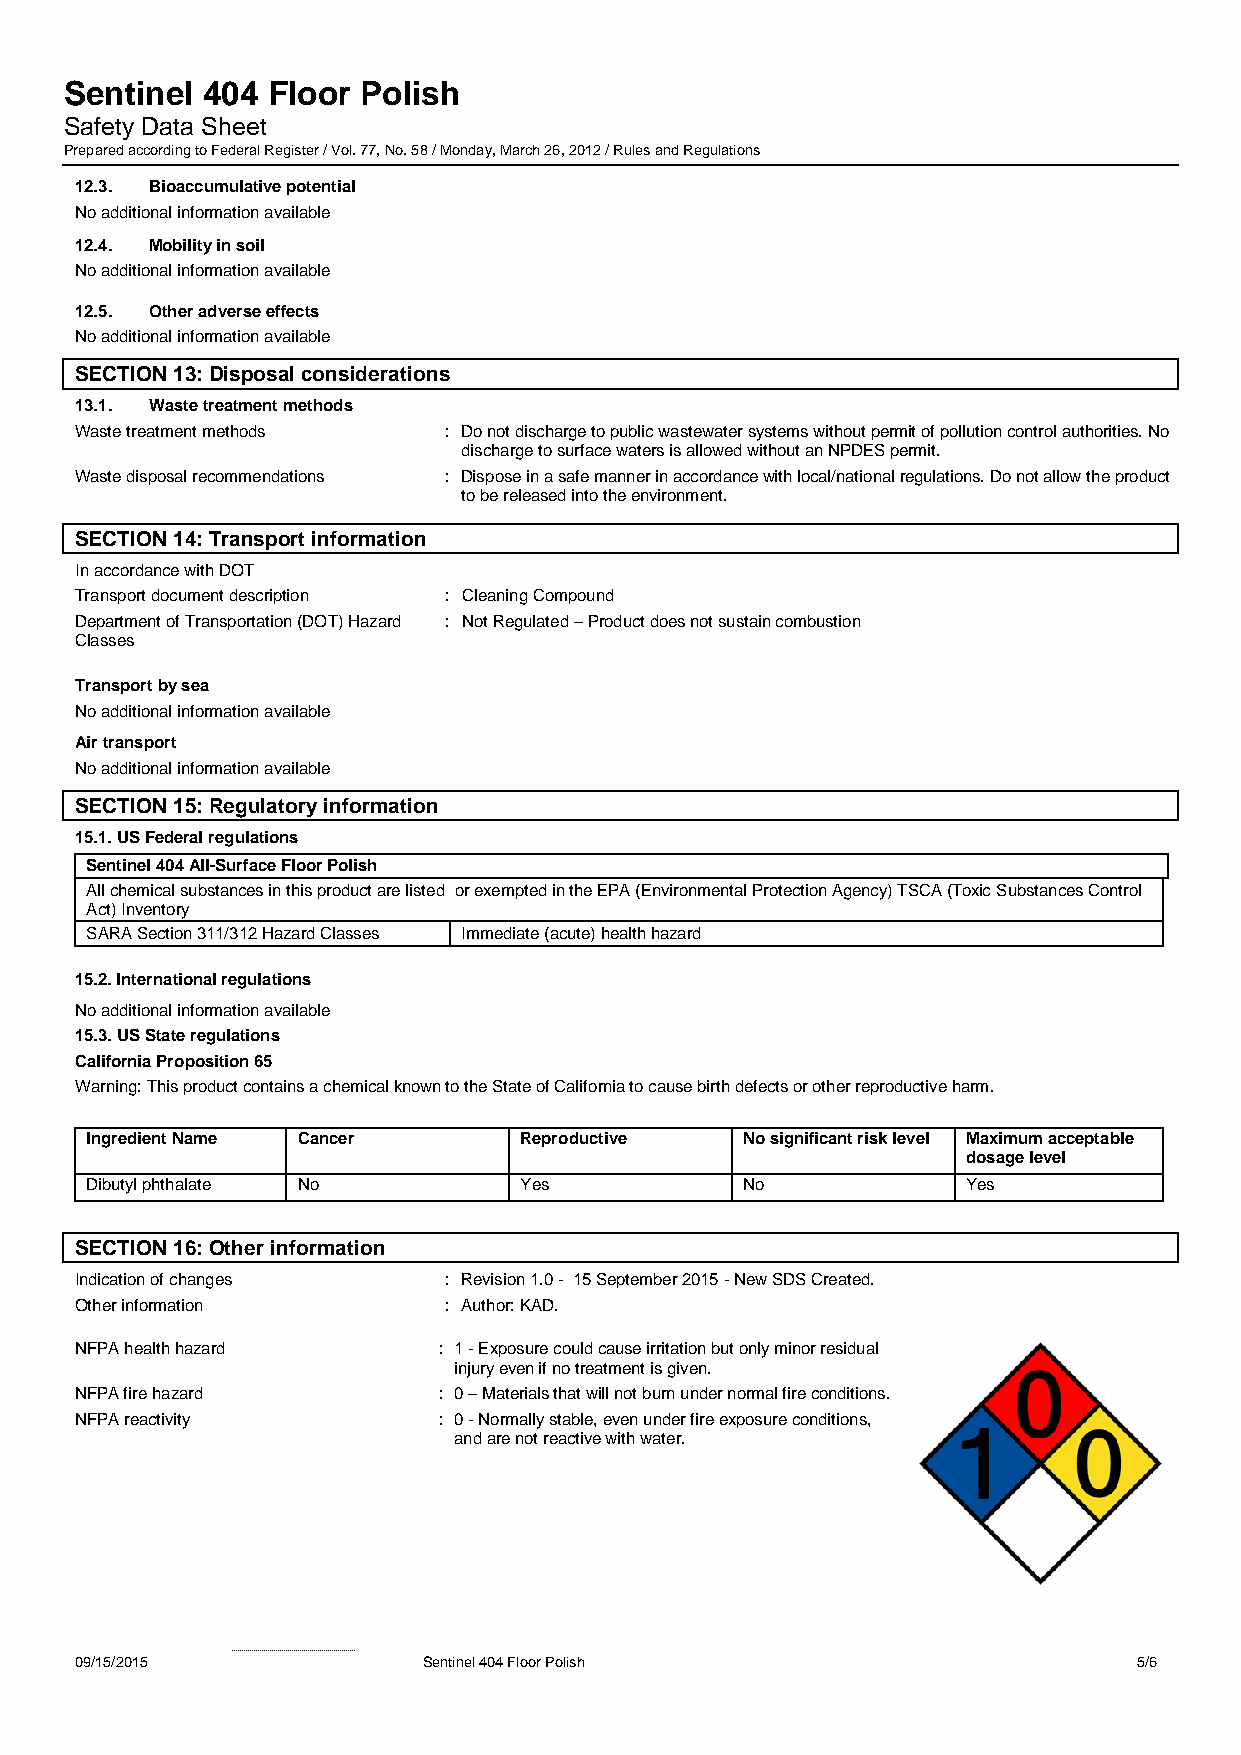
Sentinel 404  Floor Polish
 Safety Data Sheet
 Prepared according to Federal Register / Vol. 77, No. 58 / Monday, March 26, 2012 / Rules and Regulations
 12.3. Bioaccumulative potential
 No additional information available
 12.4. Mobility in soil
 No additional information available
 12.5. Other adverse effects
 No additional information available
 SECTION 13: Disposal considerations
 13.1. Waste treatment methods
 Waste treatment methods : Do not discharge to public wastewater systems without permit of pollution control authorities. No
 discharge to surface waters is allowed without an NPDES permit.
 Waste disposal recommendations : Dispose in a safe manner in accordance with local/national regulations. Do not allow the product
 to be released into the environment.
 SECTION 14: Transport information
 In accordance with DOT
 Transport document description : Cleaning Compound
 Department of Transportation (DOT) Hazard : Not Regulated – Product does not sustain combustion
 Classes
 Transport by sea
 No additional information available
 Air transport
 No additional information available
 SECTION 15: Regulatory information
 15.1. US Federal regulations
 Sentinel 404 All-Surface Floor Polish
 All chemical substances in this product are listed or exempted in the EPA (Environmental Protection Agency) TSCA (Toxic Substances Control
 Act) Inventory
 SARA Section 311/312 Hazard Classes Immediate (acute) health hazard
 15.2. International regulations
 No additional information available
 15.3. US State regulations
 California Proposition 65
 Warning: This product contains a chemical known to the State of California to cause birth defects or other reproductive harm.
 Ingredient Name Cancer      Reproductive   No significant risk level Maximum acceptable
 dosage level
 Dibutyl phthalate No        Yes            No             Yes
 SECTION 16: Other information
 Indication of changes   : Revision 1.0 - 15 September 2015 - New SDS Created.
 Other information       : Author: KAD.
 NFPA health hazard      : 1 - Exposure could cause irritation but only minor residual
 injury even if no treatment is given.
 NFPA fire hazard        : 0 – Materials that will not burn under normal fire conditions.
 NFPA reactivity         : 0 - Normally stable, even under fire exposure conditions,
 and are not reactive with water.
 09/15/2015             Sentinel 404 Floor Polish                      5/6